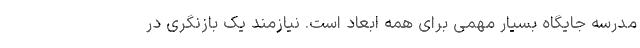
مدرسه جایگاه بسیار مهمی برای همه ابعاد است. نیازمند یک بازنگری در